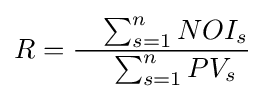
R={\frac {\quad \sum _{s=1}^{n}NOI_{s}}{\quad \sum _{s=1}^{n}PV_{s}}}